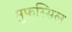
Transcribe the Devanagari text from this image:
मुफस्सिल